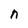
Character: n